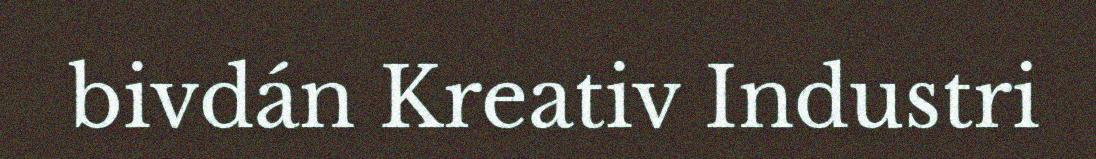
bivdán Kreativ Industri